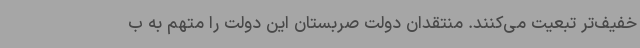
خفیف‌تر تبعیت می‌کنند. منتقدان دولت صربستان این دولت را متهم به ب